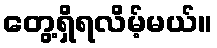
တွေ့ရှိရလိမ့်မယ်။